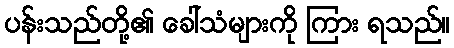
ပန်းသည်တို့၏ ခေါ်သံများကို ကြား ရသည်။